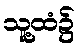
သူ့ထံ၌